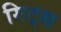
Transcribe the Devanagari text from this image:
गिट्स